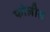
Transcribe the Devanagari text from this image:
फोलीस